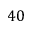
4 0